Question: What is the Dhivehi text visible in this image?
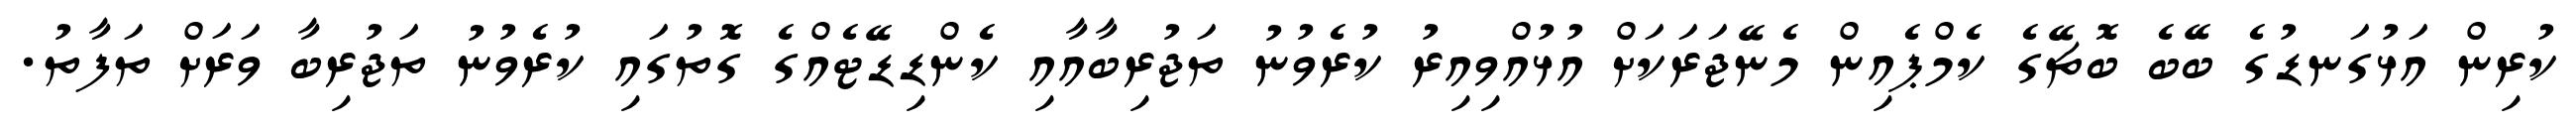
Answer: ކުރިން އަޅުގަނޑުގެ ބޭބެ ބޮޗޭގެ ކެމްޕެއިން މެނޭޖަރަކަށް އުޅުއްވިއިރު ކުރެވުނު ތަޖުރިބާއާއި ކެންޑިޑޭޓެއްގެ ގޮތުގައި ކުރެވުނު ތަޖުރިބާ ވަރަށް ތަފާތު.